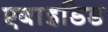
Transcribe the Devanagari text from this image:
एबाइडिड